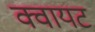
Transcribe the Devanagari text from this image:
क्वायट